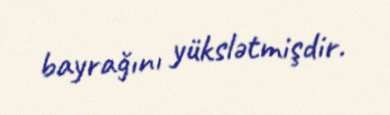
bayrağını yükslətmişdir.